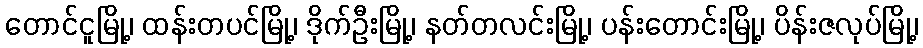
တောင်ငူမြို့၊ ထန်းတပင်မြို့၊ ဒိုက်ဦးမြို့၊ နတ်တလင်းမြို့၊ ပန်းတောင်းမြို့၊ ပိန်းဇလုပ်မြို့၊